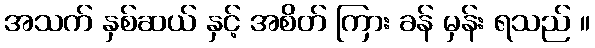
အသက် နှစ်ဆယ် နှင့် အစိတ် ကြား ခန် မှန်း ရသည် ။